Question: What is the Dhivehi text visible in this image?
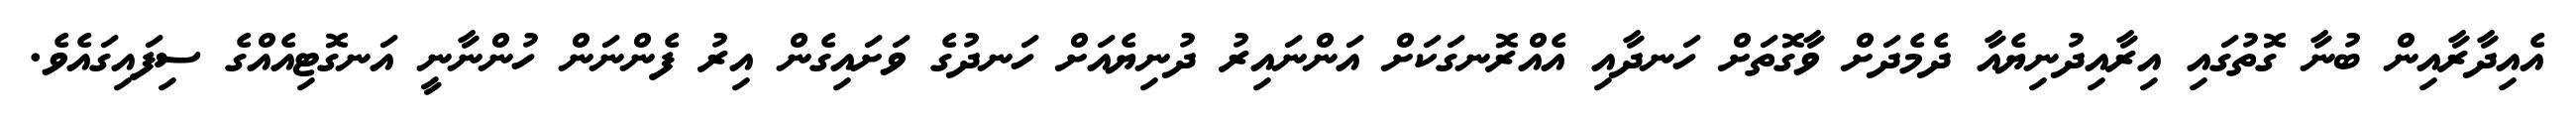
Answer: އެއިދާރާއިން ބުނާ ގޮތުގައި އިރާއިދުނިޔެއާ ދެމެދަށް ވާގޮތަށް ހަނދާއި އެއްރޮނގަކަށް އަންނައިރު ދުނިޔެއަށް ހަނދުގެ ވަށައިގެން އިރު ފެންނަން ހުންނާނީ އަނގޮޓިއެއްގެ ސިފައިގައެވެ.